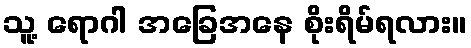
သူ့ ရောဂါ အခြေအနေ စိုးရိမ်ရလား။